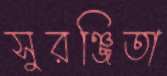
সুরঞ্জিতা